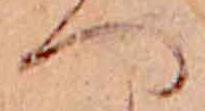
へ